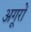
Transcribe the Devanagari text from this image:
अगूरों